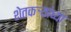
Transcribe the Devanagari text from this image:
शेतकऱ्य़ांच्या